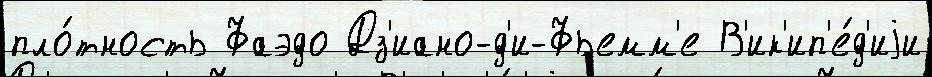
пло́тность Фаэдо Дз'иано-д'и-Фьемм'е В'ик'ип'е́д'иjи